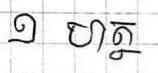
១  ហត្ថ